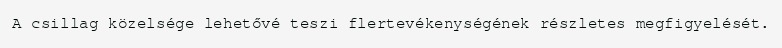
A csillag közelsége lehetővé teszi flertevékenységének részletes megfigyelését.